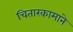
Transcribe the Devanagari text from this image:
चितारकामाने